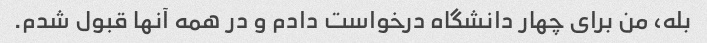
بله، من برای چهار دانشگاه درخواست دادم و در همه آنها قبول شدم.